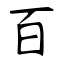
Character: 百